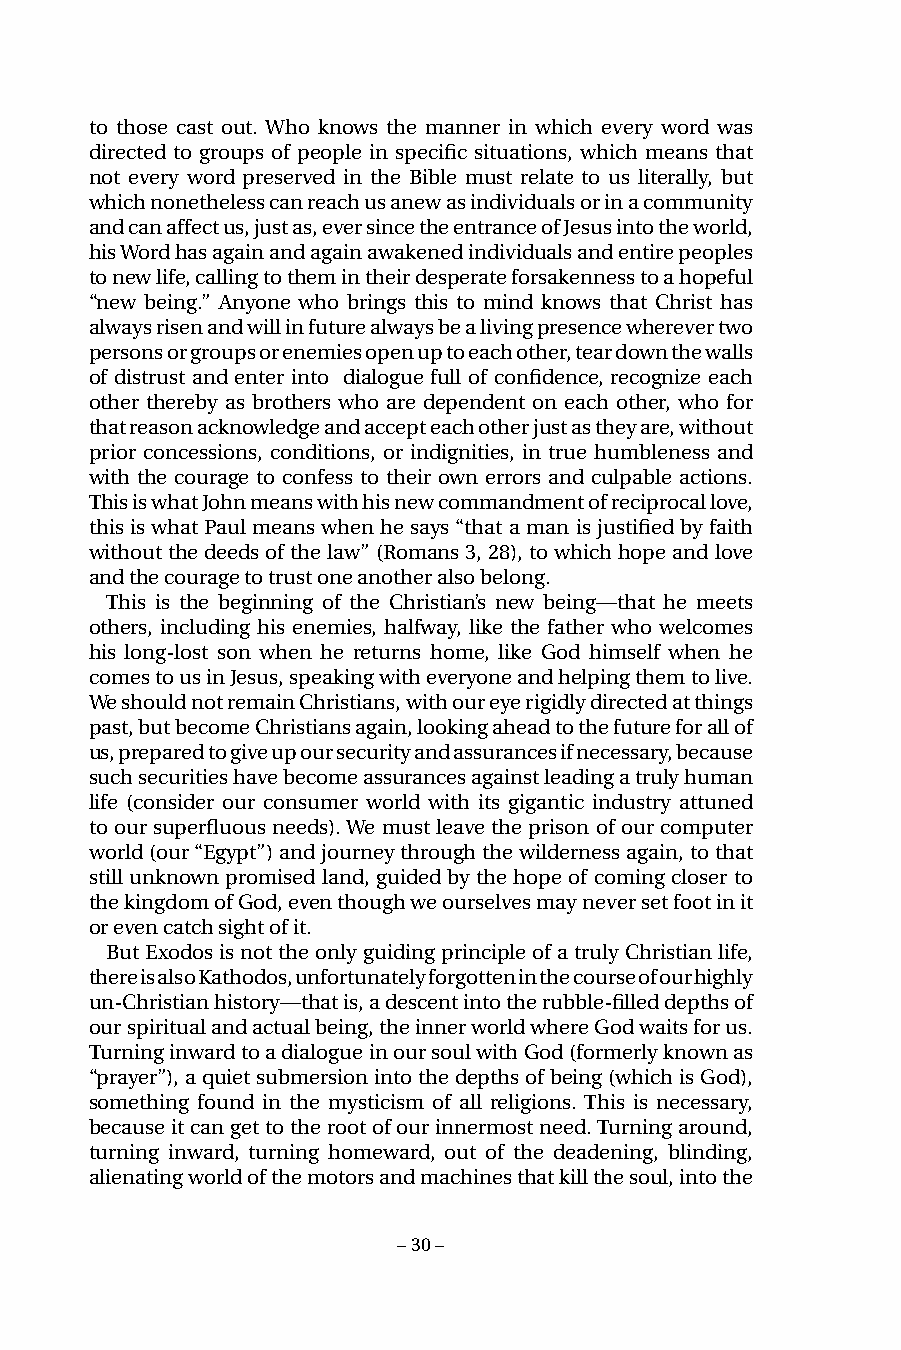
to those cast out. Who knows the manner in which every word was
 directed to groups of people in specific situations, which means that
 not every word preserved in the Bible must relate to us literally, but
 which nonetheless can reach us anew as individuals or in a community
 and can affect us, just as, ever since the entrance of Jesus into the world,
 his Word has again and again awakened individuals and entire peoples
 to new life, calling to them in their desperate forsakenness to a hopeful
 “new being.” Anyone who brings this to mind knows that Christ has
 always risen and will in future always be a living presence wherever two
 persons or groups or enemies open up to each other, tear down the walls
 of distrust and enter into dialogue full of confidence, recognize each
 other thereby as brothers who are dependent on each other, who for
 that reason acknowledge and accept each other just as they are, without
 prior concessions, conditions, or indignities, in true humbleness and
 with the courage to confess to their own errors and culpable actions.
 This is what John means with his new commandment of reciprocal love,
 this is what Paul means when he says “that a man is justified by faith
 without the deeds of the law” (Romans 3, 28), to which hope and love
 and the courage to trust one another also belong.
 This is the beginning of the Christian’s new being—that he meets
 others, including his enemies, halfway, like the father who welcomes
 his long-lost son when he returns home, like God himself when he
 comes to us in Jesus, speaking with everyone and helping them to live.
 We should not remain Christians, with our eye rigidly directed at things
 past, but become Christians again, looking ahead to the future for all of
 us, prepared to give up our security and assurances if necessary, because
 such securities have become assurances against leading a truly human
 life (consider our consumer world with its gigantic industry attuned
 to our superfluous needs). We must leave the prison of our computer
 world (our “Egypt”) and journey through the wilderness again, to that
 still unknown promised land, guided by the hope of coming closer to
 the kingdom of God, even though we ourselves may never set foot in it
 or even catch sight of it.
 But Exodos is not the only guiding principle of a truly Christian life,
 there is also Kathodos, unfortunately forgotten in the course of our highly
 un-Christian history—that is, a descent into the rubble-filled depths of
 our spiritual and actual being, the inner world where God waits for us.
 Turning inward to a dialogue in our soul with God (formerly known as
 “prayer”), a quiet submersion into the depths of being (which is God),
 something found in the mysticism of all religions. This is necessary,
 because it can get to the root of our innermost need. Turning around,
 turning inward, turning homeward, out of the deadening, blinding,
 alienating world of the motors and machines that kill the soul, into the
 – 30 –